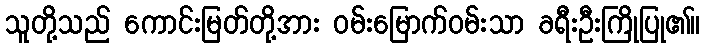
သူတို့သည် ကောင်းမြတ်တို့အား ဝမ်းမြောက်ဝမ်းသာ ခရီးဦးကြိုပြု၏။